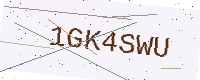
Text: 1GK4SWU